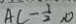
A C - \frac { 1 } { 2 } , 0